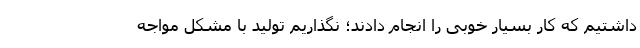
داشتیم که کار بسیار خوبی را انجام دادند؛ نگذاریم تولید با مشکل مواجه